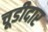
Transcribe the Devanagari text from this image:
चूडीदार